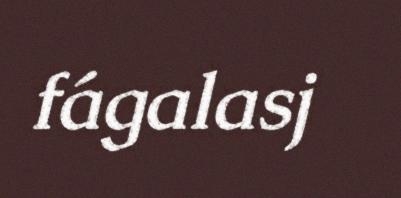
fágalasj